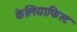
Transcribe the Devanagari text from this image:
केलिग्राफिस्ट